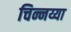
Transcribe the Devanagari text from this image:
चिन्नय्या